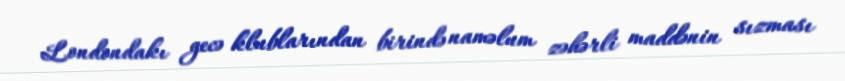
Londondakı gecə klublarından birində naməlum zəhərli maddənin sızması